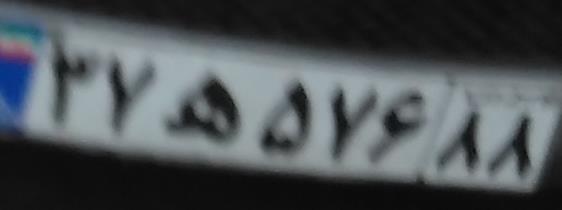
۲۷ه۵۷۶۸۸